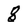
Character: 8